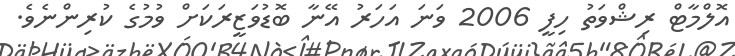
އޮލްމާޓް ރިޝްވަތު ހިފީ 2006 ވަނަ އަހަރު އޭނާ ބޮޑުވަޒީރަކަށް ވުމުގެ ކުރިންނެވެ.